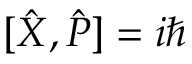
[ { \hat { X } } , { \hat { P } } ] = i \hbar